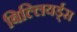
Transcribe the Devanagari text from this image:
बिल्लियर्ड्स